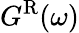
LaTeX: G^{\mathrm{R}}(\omega)